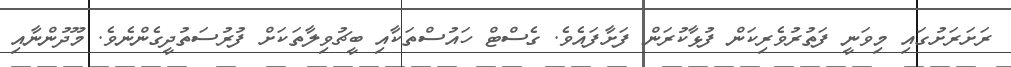
ރަށަރަށުގައި މިވަނީ ފަތުރުވެރިކަން ފުޅާކުރަން ފަށާފައެވެ. ގެސްޓް ހައުސްތަކާއި ބީޗުވިލާތަކަށް ފުރުސަތުދީގެންނެވެ. މޫދުންނާއި